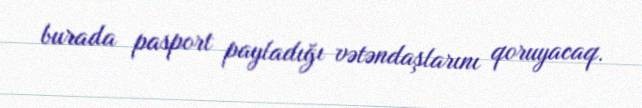
burada pasport payladığı vətəndaşlarını qoruyacaq.